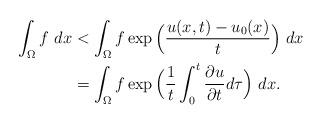
LaTeX: \begin{align*} \int_{\Omega}f \ dx &< \int_{\Omega}f \exp\Big(\frac{u(x,t)-u_0(x)}{t}\Big) \ dx\\ &= \int_{\Omega}f \exp\Big(\frac{1}{t}\int_{0}^t\frac{\partial u}{\partial t} d \tau\Big) \ dx.\end{align*}